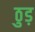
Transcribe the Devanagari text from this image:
ठुड़